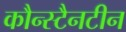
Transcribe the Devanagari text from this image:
कौन्स्टैनटीन